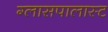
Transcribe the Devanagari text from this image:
ग्लासपालास्ट